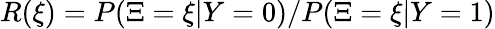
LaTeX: R(\xi)=P(\Xi=\xi|Y=0)/P(\Xi=\xi|Y=1)